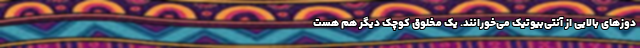
دوز‌های بالایی از آنتی‌بیوتیک می‌خورانند. یک مخلوق کوچک دیگر هم هست